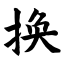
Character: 换